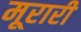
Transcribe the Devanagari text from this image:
मूरारी